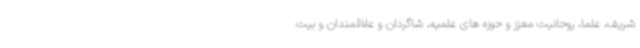
شریف، علما، روحانیت معزز و حوزه های علمیه، شاگردان و علاقمندان و بیت